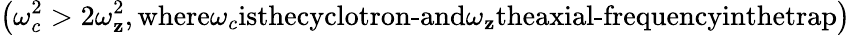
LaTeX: \left(\omega_{c}^{2}>2\omega_{\mathbf{z}}^{2},\textnormal{where}\omega_{c}\textnormal{isthecyclotron-and}\omega_{\mathbf{z}}\textnormal{theaxial-frequencyinthetrap}\right)